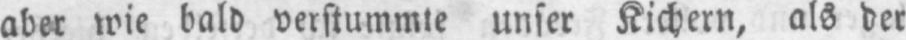
aber wie bald verstummte unser Kichern, als der